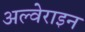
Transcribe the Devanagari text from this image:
अल्वेराइन